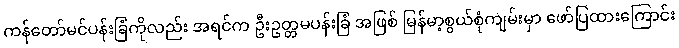
ကန်တော်မင်ပန်းခြံကိုလည်း အရင်က ဦးဥတ္တမပန်းခြံ အဖြစ် မြန်မာ့စွယ်စုံကျမ်းမှာ ဖော်ပြထားကြောင်း